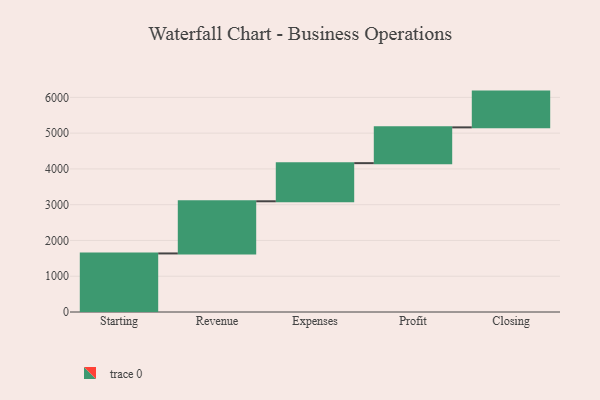
{"axis": {"x": "Step", "y": "Value"}, "legend": [""], "data": [{"x": "Starting", "y": 1637.0, "type": ""}, {"x": "Revenue", "y": 1458.0, "type": ""}, {"x": "Expenses", "y": 1066.0, "type": ""}, {"x": "Profit", "y": 1000, "type": ""}, {"x": "Closing", "y": 1000, "type": ""}]}